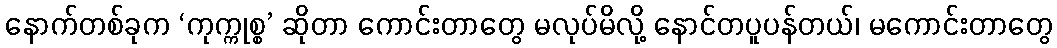
နောက်တစ်ခုက ‘ကုက္ကုစ္စ’ ဆိုတာ ကောင်းတာတွေ မလုပ်မိလို့ နောင်တပူပန်တယ်၊ မကောင်းတာတွေ